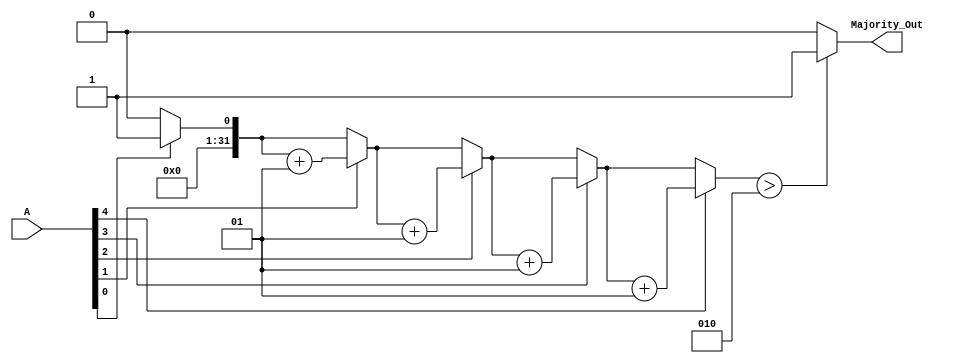
module MajorityVotingDetector (
    input wire [4:0] A,           // 5 input signals (A[0] to A[4])
    output reg Majority_Out       // Output signal for the majority
);

    integer count_ones;           // Counter for the number of 1's
    integer i;                   // Loop variable

    always @(*) begin
        // Initialize the count of 1s
        count_ones = 0;

        // Count the number of 1s in the input signals
        for (i = 0; i < 5; i = i + 1) begin
            if (A[i] == 1'b1) begin
                count_ones = count_ones + 1;
            end
        end

        // Determine the majority output
        if (count_ones > 2) begin  // More than half of 5 is 3
            Majority_Out = 1'b1;
        end else begin
            Majority_Out = 1'b0;
        end
    end

endmodule